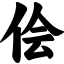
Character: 侩